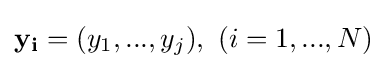
\mathbf {y_{i}} =(y_{1},...,y_{j}),\ (i=1,...,N)